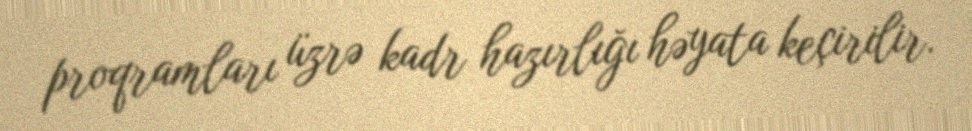
proqramları üzrə kadr hazırlığı həyata keçirilir.